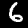
Label: 6